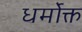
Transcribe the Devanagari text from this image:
धर्मोक्त